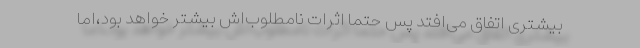
بیشتری اتفاق می‌افتد پس حتما اثرات نامطلوب‌اش بیشتر خواهد بود،اما